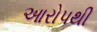
આરોપથી